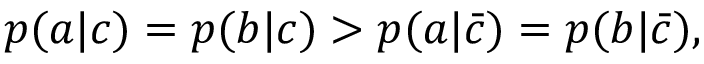
\begin{array} { r } { p ( a | c ) = p ( b | c ) > p ( a | \bar { c } ) = p ( b | \bar { c } ) , } \end{array}